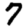
Digit: 7